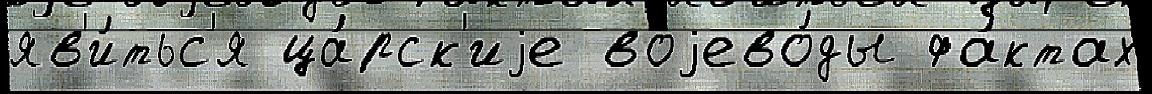
яв'и́тьс'я ца́рск'иjе воjево́ды фа́ктах